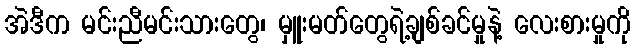
အဲဒီက မင်းညီမင်းသားတွေ၊ မှူးမတ်တွေရဲ့ချစ်ခင်မှုနဲ့ လေးစားမှုကို